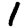
Digit: 1